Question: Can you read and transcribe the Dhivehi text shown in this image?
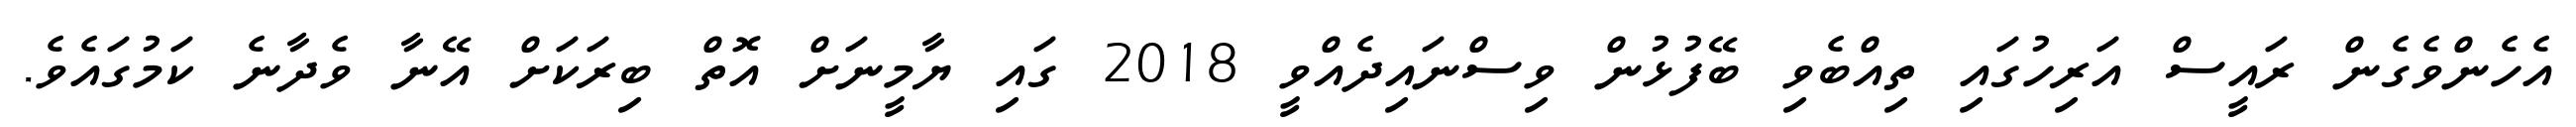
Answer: އެހެންވެގެން ރައީސް އަރިހުގައި ތިއްބެވި ބޭފުޅުން ވިސްނައިދެއްވީ 2018 ގައި ޔާމީނަށް އޮތް ބިރަކަށް އޭނާ ވެދާނެ ކަމުގައެވެ.